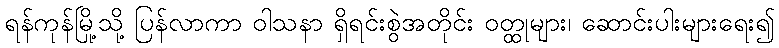
ရန်ကုန်မြို့သို့ ပြန်လာကာ ဝါသနာ ရှိရင်းစွဲအတိုင်း ဝတ္ထုများ၊ ဆောင်းပါးများရေး၍